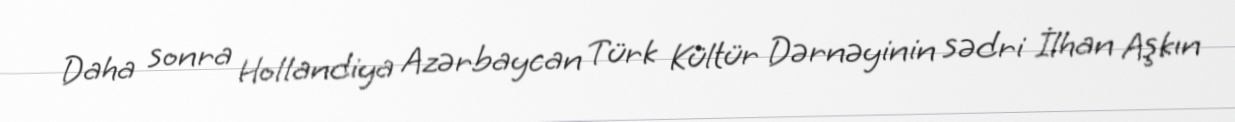
Daha sonra Hollandiya Azərbaycan Türk Kültür Dərnəyinin sədri İlhan Aşkın